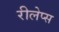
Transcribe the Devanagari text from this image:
रीलेप्स